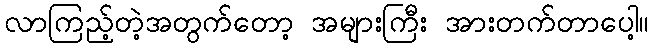
လာကြည့်တဲ့အတွက်တော့ အများကြီး အားတက်တာပေါ့။